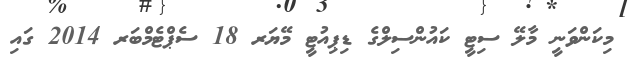
މިކަންވަނީ މާލޭ ސިޓީ ކައުންސިލްގެ ޑިޕިއުޓީ މޭޔަރ 18 ސެޕްޓެމްބަރ 2014 ގައި